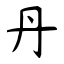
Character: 丹